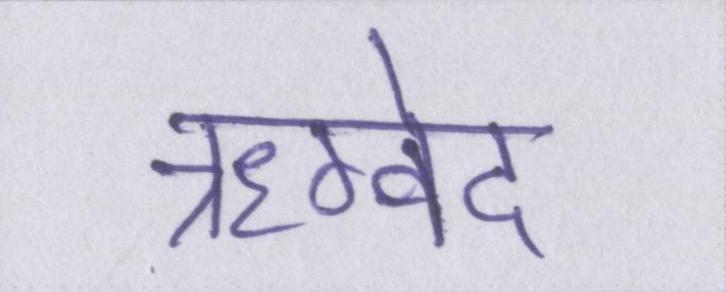
ऋग्वेद